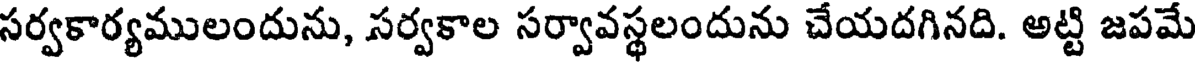
సర్వకార్యములందును, సర్వకాల సర్వావస్థలందును చేయదగినది. అట్టి జపమే